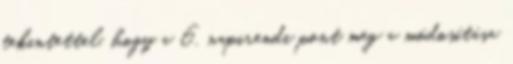
tekintettel, hogy a 6. napirendi pont meg a módosítása